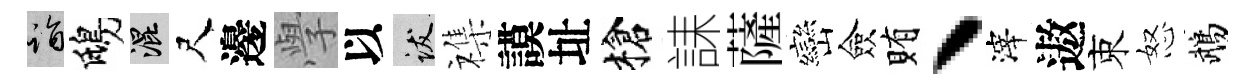
诣鴟混尺邊𭓕以跋襍謨址槍誄薩巒僉賄丶滓遨束怒鵡